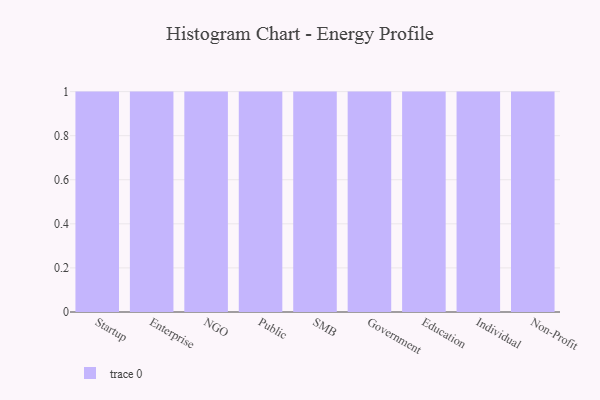
{"axis": {"x": "Segment", "y": "Active Users"}, "legend": [""], "data": [{"x": "Startup", "y": 64, "type": ""}, {"x": "Enterprise", "y": 26, "type": ""}, {"x": "NGO", "y": 35, "type": ""}, {"x": "Public", "y": 4, "type": ""}, {"x": "SMB", "y": 91, "type": ""}, {"x": "Government", "y": 25, "type": ""}, {"x": "Education", "y": 14, "type": ""}, {"x": "Individual", "y": 49, "type": ""}, {"x": "Non-Profit", "y": 24, "type": ""}]}